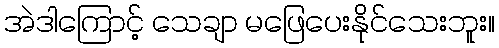
အဲဒါကြောင့် သေချာ မဖြေပေးနိုင်သေးဘူး။